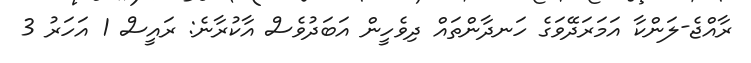
ރާއްޖެ-ލަންކާ އަމަރަދޭވަގެ ހަނދާންތައް ދިވެހީން އަބަދުވެސް އާކުރާނެ: ރައީސް 1 އަހަރު 3